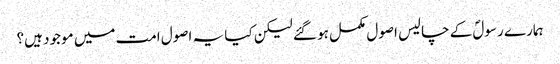
ہمارے رسولؐ کے چالیس اصول مکمل ہو گئے لیکن کیا یہ اصول امت میں موجود ہیں؟